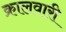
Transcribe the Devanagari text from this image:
क्रालवारी